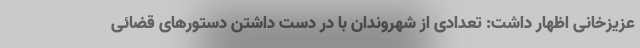
عزیزخانی اظهار داشت: تعدادی از شهروندان با در دست داشتن دستورهای قضائی